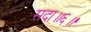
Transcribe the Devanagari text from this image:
सदा॥६॥